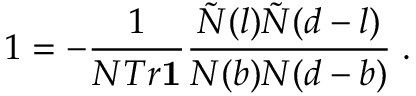
1 = - \frac { 1 } { N T r { \bf 1 } } \frac { \tilde { N } ( l ) \tilde { N } ( d - l ) } { N ( b ) N ( d - b ) } \; .